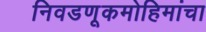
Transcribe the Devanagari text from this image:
निवडणूकमोहिमांचा